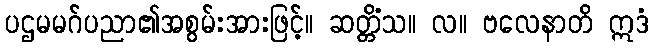
ပဌမမဂ်ပညာ၏အစွမ်းအားဖြင့်။ ဆတ္တိံသ။ လ။ ဗလေနာတိ ဣဒံ